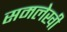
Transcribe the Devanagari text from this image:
समलेखी